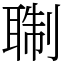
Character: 䎺